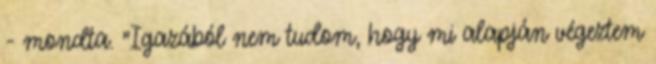
- mondta. "Igazából nem tudom, hogy mi alapján végeztem